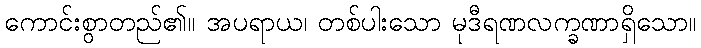
ကောင်းစွာတည်၏။ အပရာယ၊ တစ်ပါးသော မုဒီရဏလက္ခဏာရှိသော။